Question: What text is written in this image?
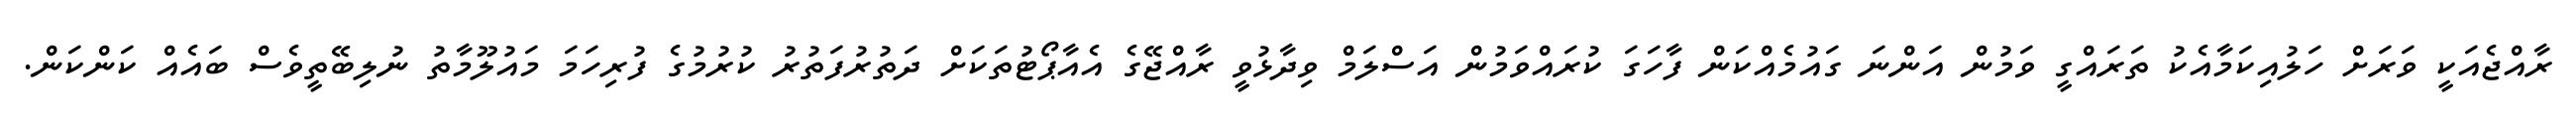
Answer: ރާއްޖެއަކީ ވަރަށް ހަލުއިކަމާއެކު ތަރައްގީ ވަމުން އަންނަ ގައުމެއްކަން ފާހަގަ ކުރައްވަމުން އަސްލަމް ވިދާޅުވީ ރާއްޖޭގެ އެއާޕޯޓުތަކަށް ދަތުރުފަތުރު ކުރުމުގެ ފުރިހަމަ މައުލޫމާތު ނުލިބޭތީވެސް ބައެއް ކަންކަން.